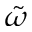
\tilde { \omega }